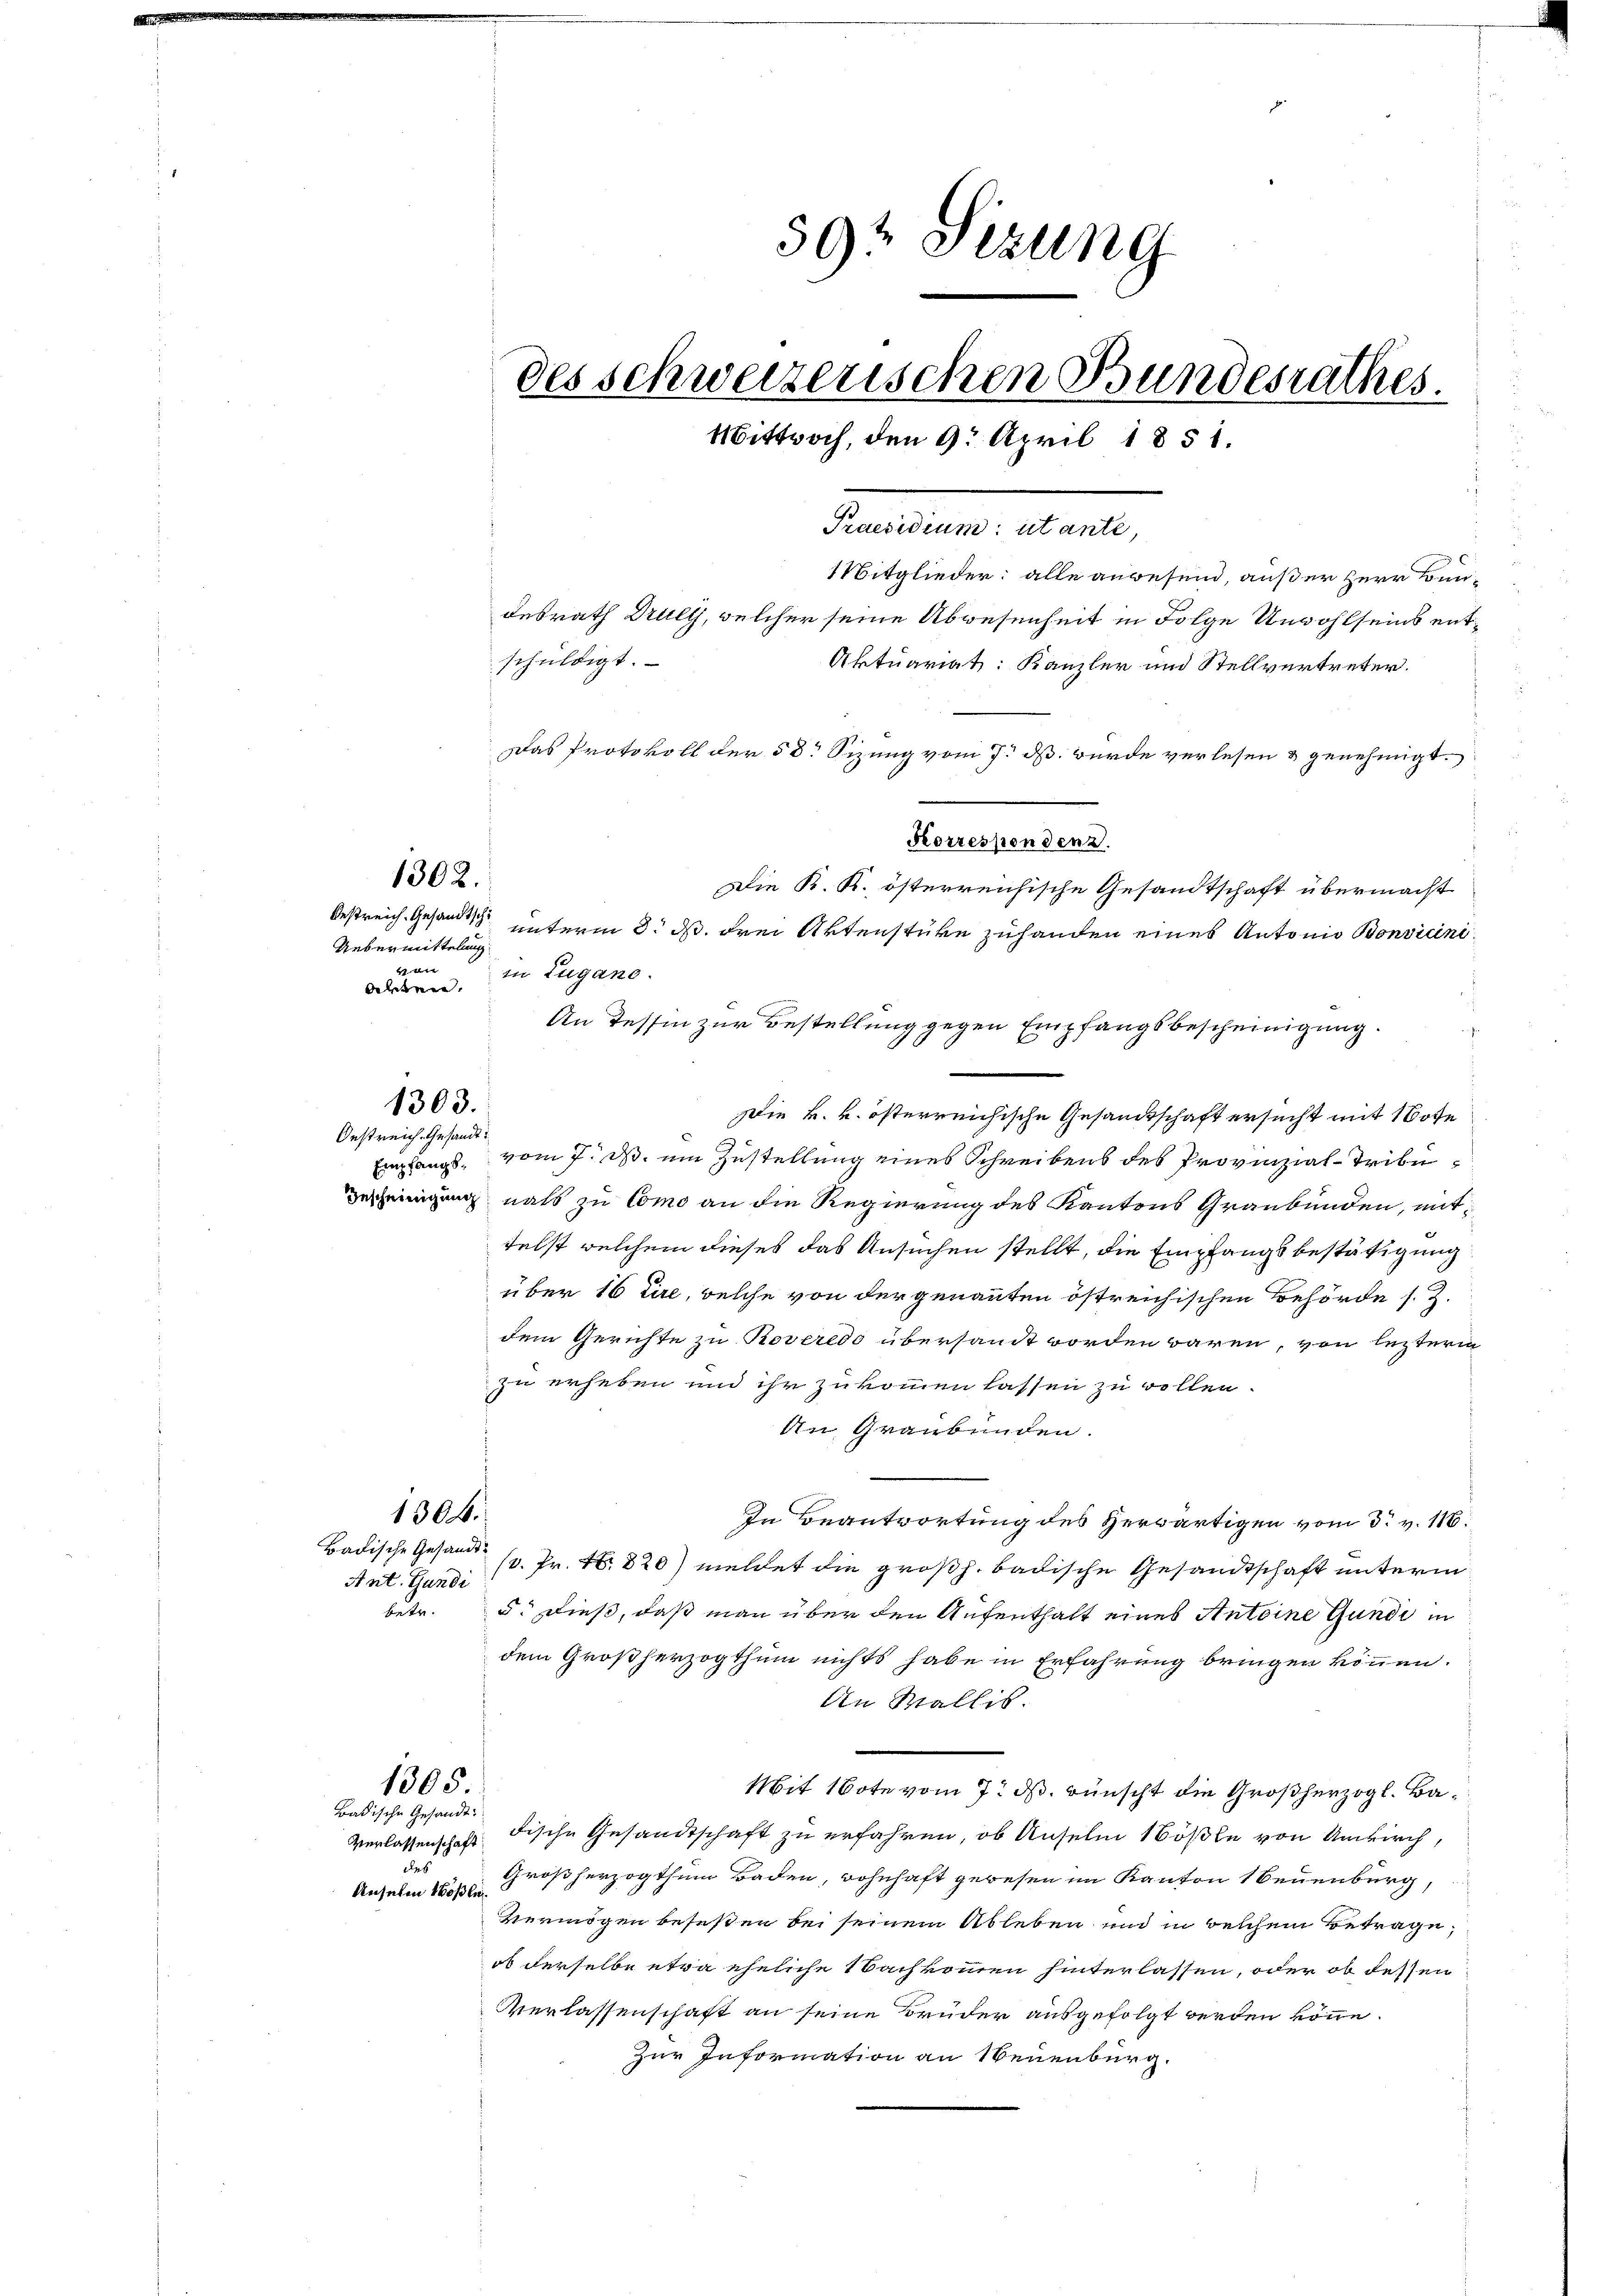
Oestreich. Gesandtschi

in Lugano.
bildenen.
Die k. k. österreichische Gesandtschaft ersucht mit Note
Empfangs vom 7. d. um Zustellung eines Schreibens des Provinzial- Tribu¬
Bescheinigung als zu Como an die Regierung des Kantons Graubünden, mittelst welchem dieses das Ansuchen stellt, die Empfangsbestätigung
über 16 tire, welche von der genannten östreichischen Behörde s. Z.
dem Gerichte zu Roveredo übersandt worden wären, von lezterm
zu erheben und ihr zukommen lassen zu vollen.
An Graubünden.
1304.
In Beantwortung des Herwärtigen vom 3. v. 116.
Badische Gesandt
(v. Fr. 18820) meldet die großh. badische Gesandtschaft unterm
Ant. Gundi
betr.
5. dieß, daß man über den Aufenthalt eines Antoine Gunde in
dem Großherzogthum nichts habe in Erfahrung bringen können.
An Wallis.
1305.
Mit 1te vom 7. ds. wünscht die Großherzogl. Ba¬
Badische Gesandt:
Verlassenschaft Fische Gesandtschaft zu erfahren, ob Anselm Bößle von Umkirch,
r
Großherzogthum Baden, wohnhaft gewesen im Kanton Neuenburg,
Anselm Nößle
Vermögen beseßen bei seinem Ableben und in welchem Betrage,
ob derselbe etwa eheliche Nachkommen hinterlassen, oder ob dessen
Verlassenschaft an seine Brüder ausgefolgt werden könne.
zur Information an Neuenburg.

Uebermittelung
t

1302.

Oestreich. Gesandt:

1303.

50 Stzung
des schweizerischen Bundesrathes.
Mittwoch, den 9. April 1851.
¬

Praedium.
itglieder: alle anwesend, außer Herr Bundesrath Drult, welcher seine Abwesenheit in Folge Unwohlseins entschuldigt.
Aktuariats: Kanzler und Stellvertreter.
Das Protokoll der 58 Sizung vom 7. ds. wurde verlesen & genehmigt.
Korrespondenz.
Die K. K. österreichische Gesandtschaft übermacht
unterm 8. d. drei Aktenstüke zuhanden eines Antonio Bonvicini¬

An Tessin zur Bestellung gegen Empfangsbescheinigung.